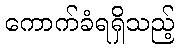
ကောက်ခံရရှိသည့်